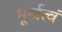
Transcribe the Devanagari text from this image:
मूर्खत्वं